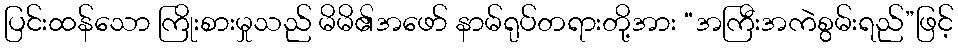
ပြင်းထန်သော ကြိုးစားမှုသည် မိမိ၏အဖော် နာမ်ရုပ်တရားတို့အား “အကြီးအကဲစွမ်းရည်”ဖြင့်